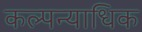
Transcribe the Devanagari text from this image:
कल्पन्याधिक